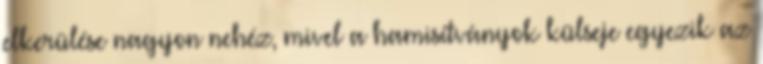
elkerülése nagyon nehéz, mivel a hamisítványok külseje egyezik az